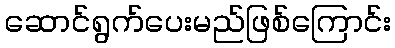
ဆောင်ရွက်ပေးမည်ဖြစ်ကြောင်း